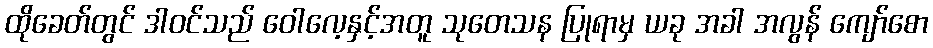
ထိုခေတ်တွင် ဒါဝင်သည် ဝေါလေ့နှင့်အတူ သုတေသန ပြုရာမှ ယခု အခါ အလွန် ကျော်စော